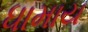
ધામાય